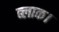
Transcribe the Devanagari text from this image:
ब्‍लाक।